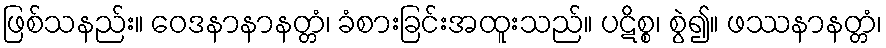
ဖြစ်သနည်း။ ဝေဒနာနာနတ္တံ၊ ခံစားခြင်းအထူးသည်။ ပဋိစ္စ၊ စွဲ၍။ ဖဿနာနတ္တံ၊